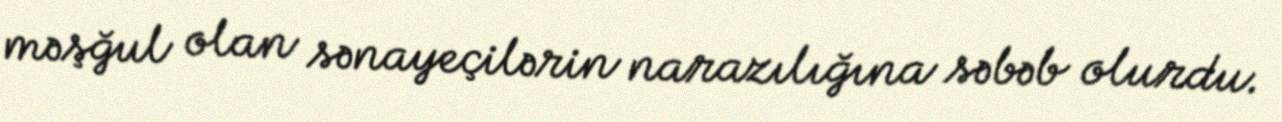
məşğul olan sənayeçilərin narazılığına səbəb olurdu.